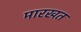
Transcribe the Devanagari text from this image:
मारखत